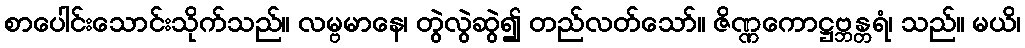
စာပေါင်းသောင်းသိုက်သည်။ လမ္ဗမာနေ၊ တွဲလွဲဆွဲ၍ တည်လတ်သော်။ ဇိဏ္ဏကောဋ္ဌဗ္ဘန္တရံ၊ သည်။ မယိ၊